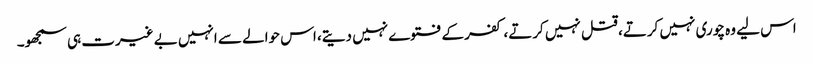
اس لیے وہ چوری نہیں کرتے، قتل نہیں کرتے، کفر کے فتوے نہیں دیتے، اس حوالے سے انہیں بے غیرت ہی سمجھو۔